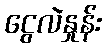
ငွေလဲနှုန်း